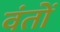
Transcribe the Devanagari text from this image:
वंतों